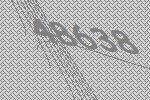
48638